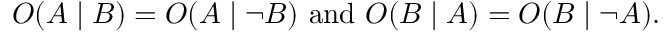
O ( A \mid B ) = O ( A \mid \neg B ) { \mathrm { ~ a n d ~ } } O ( B \mid A ) = O ( B \mid \neg A ) .